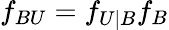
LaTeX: f_{BU}=f_{U|B}f_{B}